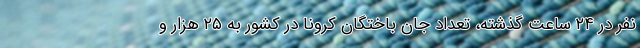
نفر در ۲۴ ساعت گذشته، تعداد جان باختگان کرونا در کشور به ۲۵ هزار و